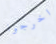
اخرجوا